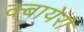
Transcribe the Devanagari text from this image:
क्बायेरो